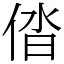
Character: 𠉤